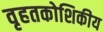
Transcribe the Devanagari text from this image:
वृहतकोशिकीय